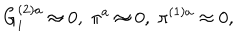
G _ { i } ^ { ( 2 ) a } \approx 0 , \; \pi ^ { a } \approx 0 , \; \pi ^ { ( 1 ) a } \approx 0 ,